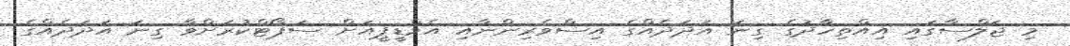
މި ޖަލްސާގައި އިއްތިހާދުގެ ގިނަ އަދަދެއްގެ އިސްވެރިންނާއި އެމްޑީޕީއަށް ސަޕޯޓްކުރަށްވާ ގިނަ އަދަދެއްގެ